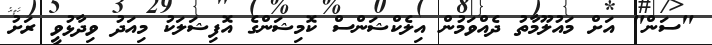
"ސަން" އަށް މައުލޫމާތު ދެއްވަމުން އިލެކްޝަންސް ކޮމިޝަންގެ އޮފިޝަލަކު މިއަދު ވިދާޅުވީ ރަށު